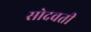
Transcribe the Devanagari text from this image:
सोदवती